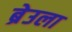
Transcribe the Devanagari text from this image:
ब्रेउला